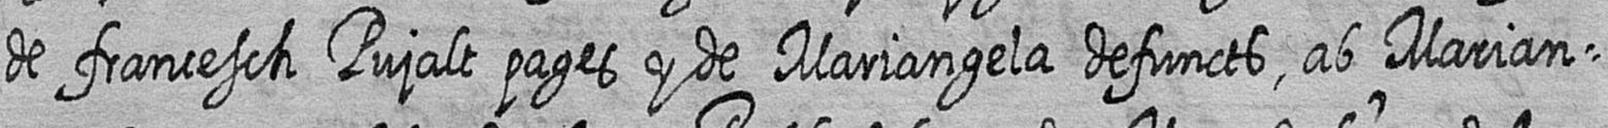
de francesch Pujalt pages y de Mariangela defuncts ab marian=